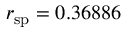
r _ { \mathrm { s p } } = 0 . 3 6 8 8 6